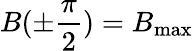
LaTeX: B(\pm\frac{\pi}{2})=B_{\mathrm{max}}